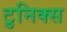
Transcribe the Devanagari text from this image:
टुनिक्स